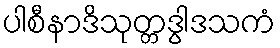
ပါစီနာဒိသုတ္တဒွါဒသကံ